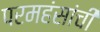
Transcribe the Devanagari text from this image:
परमहंसांची